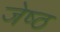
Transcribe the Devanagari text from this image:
जेष्‍ठ